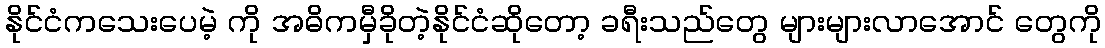
နိုင်ငံကသေးပေမဲ့ ကို အဓိကမှီခိုတဲ့နိုင်ငံဆိုတော့ ခရီးသည်တွေ များများလာအောင် တွေကို